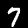
Digit: 7